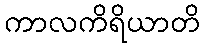
ကာလကိရိယာတိ